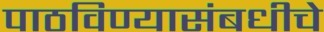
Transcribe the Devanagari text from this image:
पाठविण्यासंबधीचे